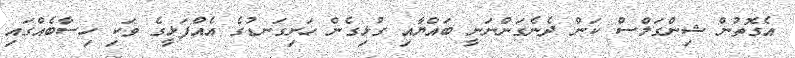
އެގޮތުން ޝިންގަލްސް ކަން ދެނެގަންނަނީ ބައްޔާއި ގުޅިގެން ހަށިގަނޑުގެ އެއްފަޅީގެ ވަކި ހިސާބެއްގައި